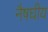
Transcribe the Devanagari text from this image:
नैषघीय